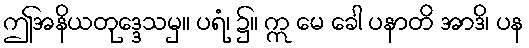
ဤအနိယတုဒ္ဒေသမှ။ ပရံ၊ ၌။ ဣ မေ ခေါ ပနာတိ အာဒိ၊ ပန